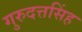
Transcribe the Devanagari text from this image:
गुरुदत्तसिंह